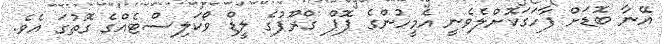
އޭނާ ބޮޑަށް ފާހަގަކޮށްލެވެނީ އެމީހުންގެ ޕޮޕް ގްރޫޕުގެ ލީޑް ވޯކަލިސްޓެއްގެ ގޮތުގަ އެވެ.